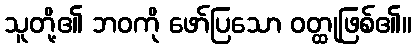
သူတို့၏ ဘဝကို ဖော်ပြသော ဝတ္ထုဖြစ်၏။